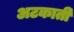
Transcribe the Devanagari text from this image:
अटकाती